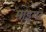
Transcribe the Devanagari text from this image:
माइगर